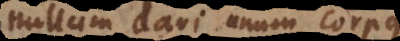
nullum dari unum corpus.